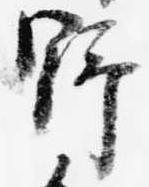
野